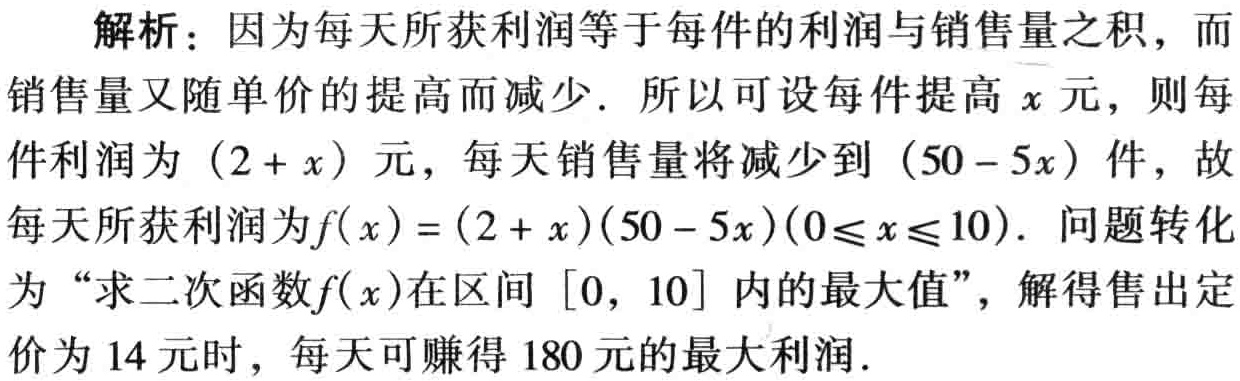
解析：因为每天所获利润等于每件的利润与销售量之积，而
销售量又随单价的提高而减少. 所以可设每件提高 \(x\) 元，则每
件利润为 \((2 + x)\) 元，每天销售量将减少到 \((50 - 5x)\) 件，故
每天所获利润为\(f(x)=(2 + x)(50 - 5x)(0\leqslant x\leqslant 10)\). 问题转化
为 “求二次函数\(f(x)\)在区间 \([0, 10]\) 内的最大值”，解得售出定
价为 \(14\) 元时，每天可赚得 \(180\) 元的最大利润.